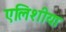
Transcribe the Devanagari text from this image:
एलिशीया